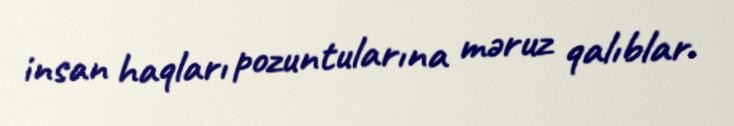
insan haqları pozuntularına məruz qalıblar.